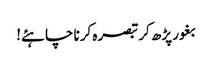
بغور پڑھ کر تبصرہ کرنا چاہئے!